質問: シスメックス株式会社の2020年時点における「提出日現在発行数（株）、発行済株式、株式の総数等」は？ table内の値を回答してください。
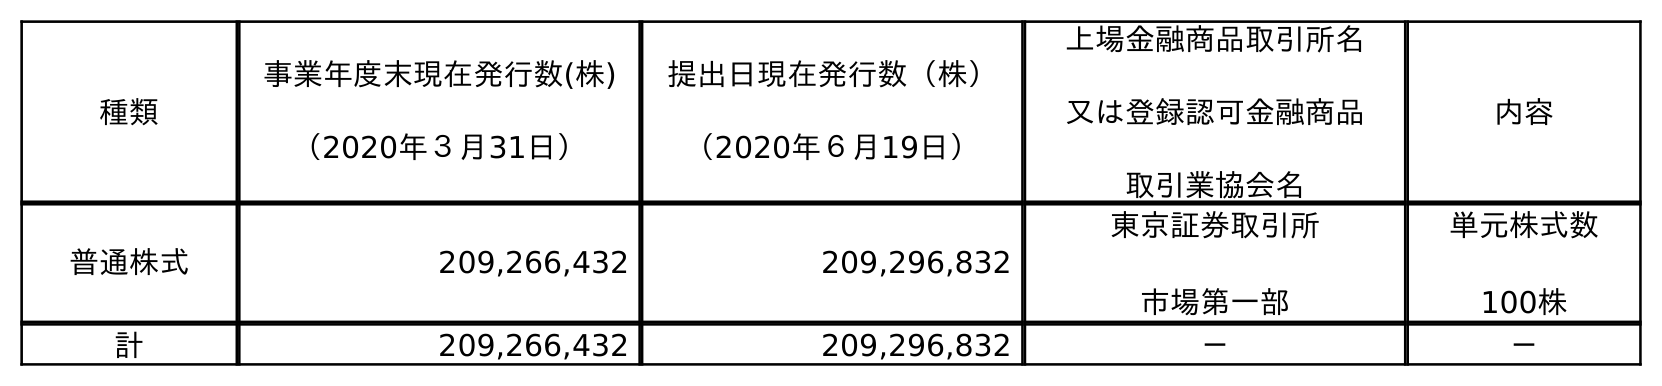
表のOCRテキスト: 種類 事業年度末現在発行数(株) （2020年３月31日） 提出日現在発行数（株） （2020年６月19日） 上場金融商品取引所名 又は登録認可金融商品 取引業協会名 内容 普通株式 209,266,432 209,296,832 東京証券取引所 市場第一部 単元株式数 100株 計 209,266,432 209,296,832 － －
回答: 209,296,832